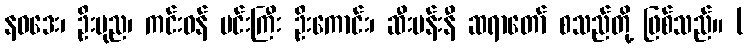
နဝဒေး၊ ဦးပုည၊ ကင်းဝန် မင်းကြီး ဦးကောင်း၊ ဆီးပန်းနီ ဆရာတော် စသည်တို့ ဖြစ်သည်။ (